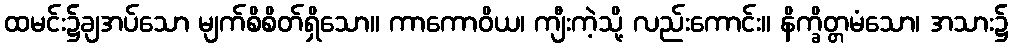
ထမင်း၌ချအပ်သော မျက်စိစိတ်ရှိသော။ ကာကောဝိယ၊ ကျီးကဲ့သို့ လည်းကောင်း။ နိက္ခိတ္တမံသော၊ အသား၌